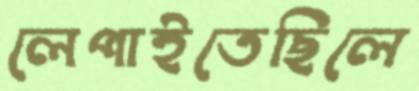
লেপাইতেছিলে